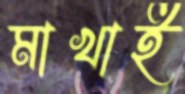
মাখাই